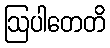
ဩပါတေတိ